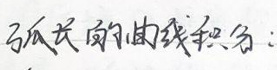
弧长的曲线积分：